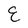
Character: E